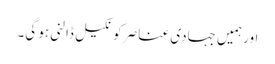
اور ہمیں جہادی عناصر کو نکیل ڈالنی ہو گی۔